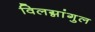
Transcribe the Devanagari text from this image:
विलग्नांगुल